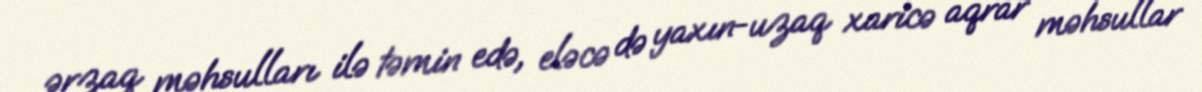
ərzaq məhsulları ilə təmin edə, eləcə də yaxın-uzaq xaricə aqrar məhsullar